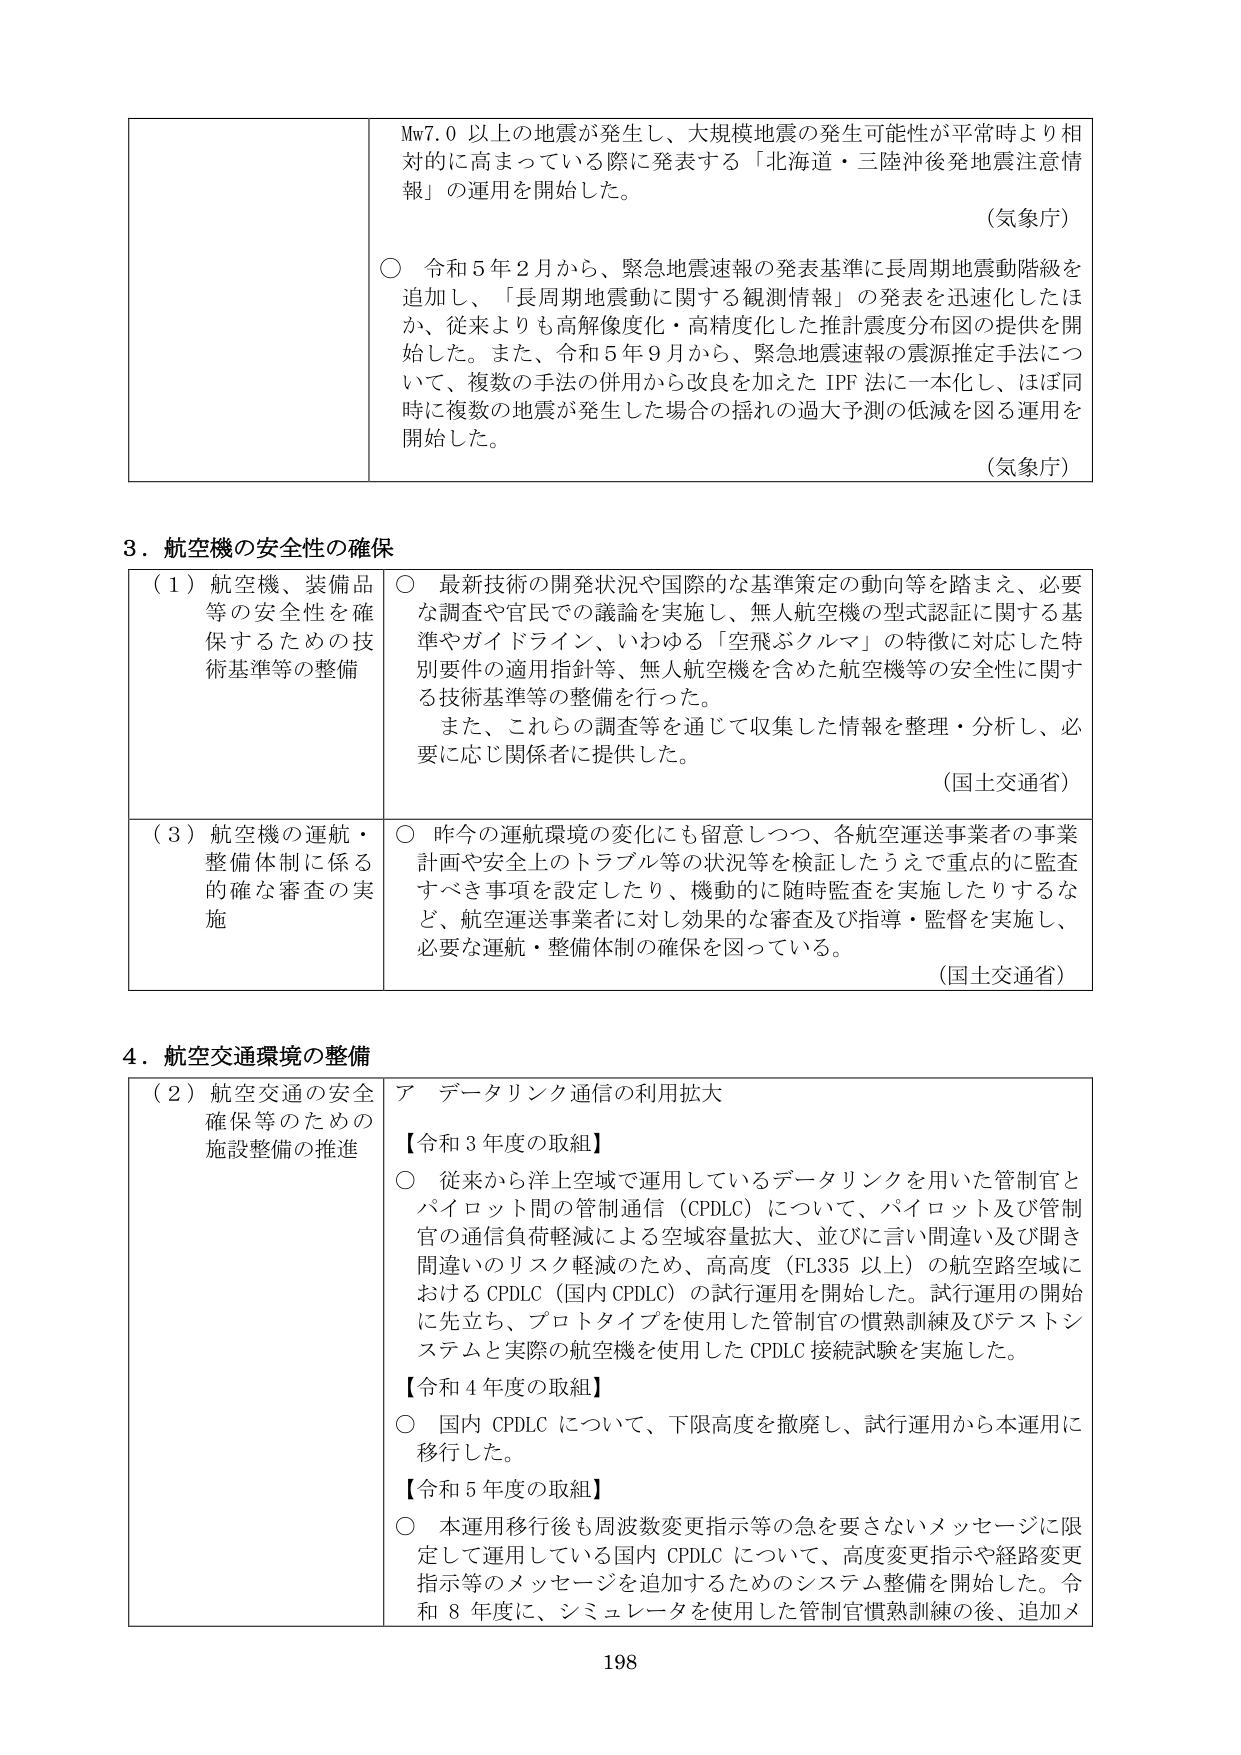
Mw7.0 以上の地震が発生し、大規模地震の発生可能性が平常時より相対的に高まっている際に発表する「北海道・三陸沖後発地震注意情報」の運用を開始した。

（気象庁）

○ 令和5年2月から、緊急地震速報の発表基準に長周期地震動階級を追加し、「長周期地震動に関する観測情報」の発表を迅速化したほか、従来よりも高解像度化・高精度化した推計震度分布図の提供を開始した。また、令和5年9月から、緊急地震速報の震源推定手法について、複数の手法の併用から改良を加えた IPF 法に一本化し、ほぼ同時に複数の地震が発生した場合の揺れの過大予測の低減を図る運用を開始した。

（気象庁）

3．航空機の安全性の確保

（1）航空機、装備品等の安全性を確保するための技術基準等の整備

○ 最新技術の開発状況や国際的な基準策定の動向等を踏まえ、必要な調査や官民での議論を実施し、無人航空機の型式認証に関する基準やガイドライン、いわゆる「空飛ぶクルマ」の特徴に対応した特別要件の適用指針等、無人航空機を含めた航空機等の安全性に関する技術基準等の整備を行った。

また、これらの調査等を通じて収集した情報を整理・分析し、必要に応じ関係者に提供した。

（国土交通省）

（3）航空機の運航・整備体制に係る的確な審査の実施

○ 昨今の運航環境の変化にも留意しつつ、各航空運送事業者の事業計画や安全上のトラブル等の状況等を検証したうえで重点的に監査すべき事項を設定したり、機動的に随時監査を実施したりするなど、航空運送事業者に対し効果的な審査及び指導・監督を実施し、必要な運航・整備体制の確保を図っている。

（国土交通省）

4．航空交通環境の整備

（2）航空交通の安全確保等のための施設整備の推進

ア データリンク通信の利用拡大

【令和3年度の取組】

○ 従来から洋上空域で運用しているデータリンクを用いた管制官とパイロット間の管制通信（CPDLC）について、パイロット及び管制官の通信負荷軽減による空域容量拡大、並びに言い間違い及び聞き間違いのリスク軽減のため、高高度（FL335 以上）の航空路空域におけるCPDLC（国内CPDLC）の試行運用を開始した。試行運用の開始に先立ち、プロトタイプを使用した管制官の慣熟訓練及びテストシステムと実際の航空機を使用したCPDLC接続試験を実施した。

【令和4年度の取組】

○ 国内CPDLCについて、下限高度を撤廃し、試行運用から本運用に移行した。

【令和5年度の取組】

○ 本運用移行後も周波数変更指示等の急を要さないメッセージに限定して運用している国内CPDLCについて、高度変更指示や経路変更指示等のメッセージを追加するためのシステム整備を開始した。令和8年度に、シミュレータを使用した管制官慣熟訓練の後、追加メ

198